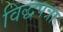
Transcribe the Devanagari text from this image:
विद्धपत्रा